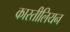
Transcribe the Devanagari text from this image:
कास्तीलियन